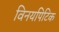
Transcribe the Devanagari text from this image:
विनयपिटिक